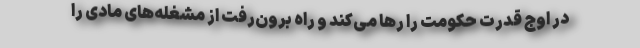
در اوج قدرت حکومت را رها می‌کند و راه برون‌رفت از مشغله‌های مادی را